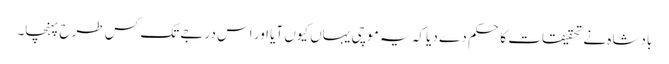
بادشاہ نے تحقیقات کا حکم دے دیا کہ یہ موچی یہاں کیوں آیا اور اس درجے تک کس طرح پہنچا۔